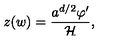
z ( w ) = \frac { a ^ { d / 2 } \varphi ^ { \prime } } { { \cal H } } ,